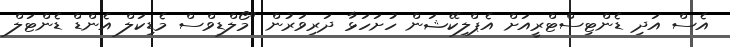
އެސް އަދި ޑެންޓިސްޓްރީއަށް އެޕްލިކޭޝަން ހުށަހަޅާ ދަރިވަރުން "މޯލްޑިވްސް މެޑިކަލް އެންޑް ޑެންޓަލް